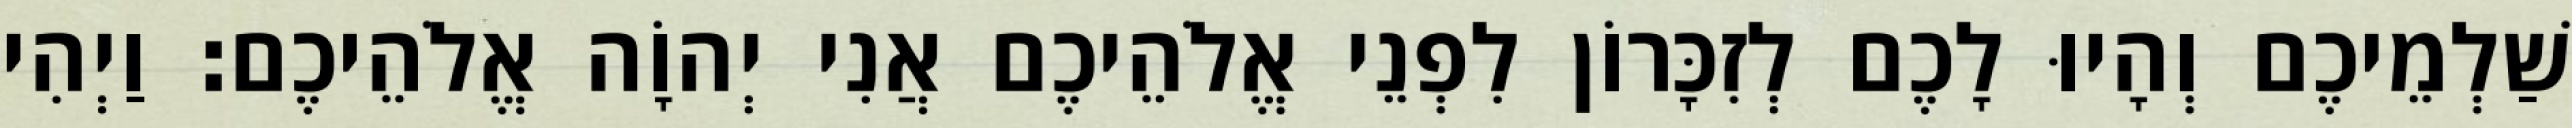
שַׁלְמֵיכֶם וְהָיוּ לָכֶם לְזִכָּרוֹן לִפְנֵי אֱלֹהֵיכֶם אֲנִי יְהוָֹה אֱלֹהֵיכֶם׃ וַיְהִי